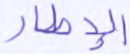
الإطار